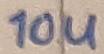
Text: 10u